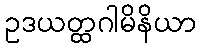
ဥဒယတ္ထဂါမိနိယာ